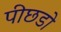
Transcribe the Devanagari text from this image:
पीछडो